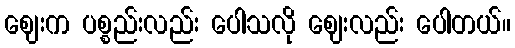
ဈေးက ပစ္စည်းလည်း ပေါသလို ဈေးလည်း ပေါတယ်။